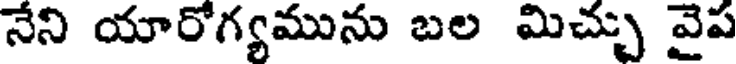
నేని యారోగ్యమును బల మిచ్చు వైప